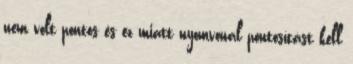
nem volt pontos és ez miatt nyomvonal pontosítást kell